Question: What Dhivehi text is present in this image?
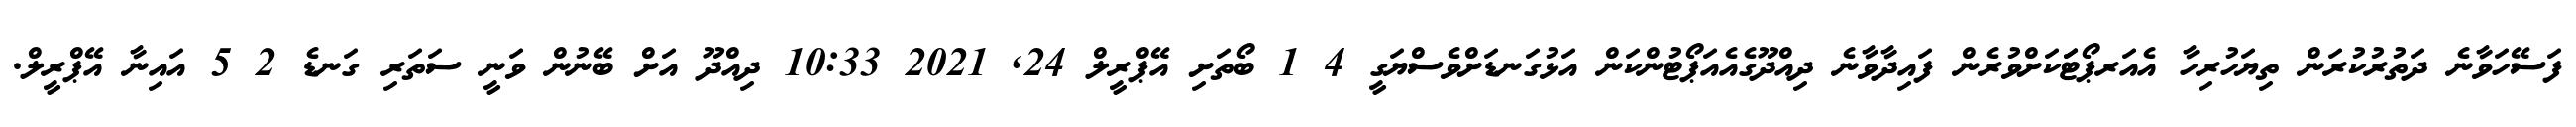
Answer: ފަސޭހަވާނެ ދަތުރުކުރަން ތިޔަހުރިހާ އެއަރޕޯޓަަކަށްވުރެން ފައިދާވާނެ ދިއްދޫގެއެއަޕޯޓުންކަން އަޅުގަނޑަށްވެސްޔަގީ 4 1 ބޯތަށި އޭޕްރީލް 24, 2021 10:33 ދިއްދޫ އަށް ބޭނުން ވަނީ ސަތަރި ގަނޑެ 2 5 އައިނާ އޭޕްރީލް.